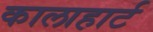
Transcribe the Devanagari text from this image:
कालाहार्ट